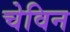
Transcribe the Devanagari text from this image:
चेविन